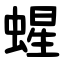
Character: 䗌